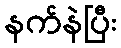
နက်နဲပြီး